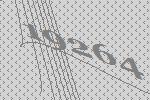
19264